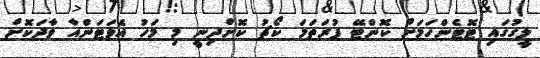
ލީގުގައި ޓޮޓެންހަމަށް ކޮންޓޭ ފުރަތަމަ ކޯޗު ކޮށްދިނީ މި މަހު އެވަޓަންއާ ވާދަކޮށް